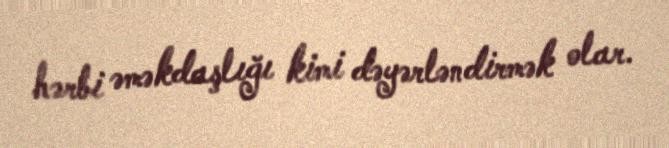
hərbi əməkdaşlığı kimi dəyərləndirmək olar.